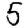
Digit: 5